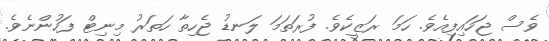
ވެސް ޖަހައިފިއެވެ. ހަމަ ރަޒީކެވެ. ފުރަތަމަ ލަނޑު ޖެހިތާ ހަތަރު މިނިޓް ފަހުންނެވެ.